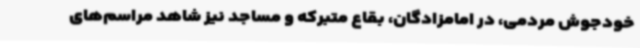
خودجوش مردمی، در امامزادگان، بقاع متبرکه و مساجد نیز شاهد مراسم‌های